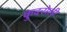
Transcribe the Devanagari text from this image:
कुदरोली